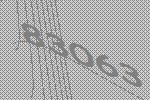
83063